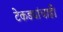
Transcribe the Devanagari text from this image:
टेकड्यांचाही